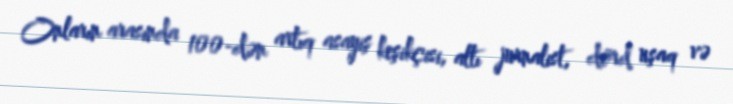
Onların arasında 100-dən artıq asayiş keşikçisi, altı jurnalist, dörd uşaq və